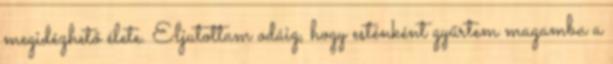
megidézhető élete. Eljutottam odáig, hogy esténként gyűrtem magamba a